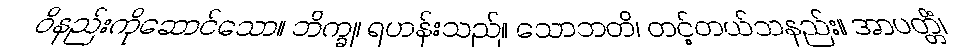
ဝိနည်းကိုဆောင်သော။ ဘိက္ခု၊ ရဟန်းသည်။ သောဘတိ၊ တင့်တယ်သနည်း။ အာပတ္တိံ၊